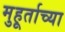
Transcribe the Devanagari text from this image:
मुहूर्ताच्या